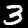
Digit: 3